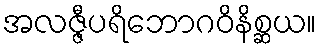
အလဇ္ဇီပရိဘောဂဝိနိစ္ဆယ။